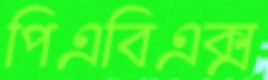
পিএবিএক্স